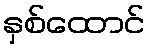
နှစ်ထောင်